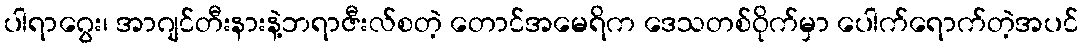
ပါရာဂွေး၊ အာဂျင်တီးနားနဲ့ဘရာဇီးလ်စတဲ့ တောင်အမေရိက ဒေသတစ်ဝိုက်မှာ ပေါက်ရောက်တဲ့အပင်